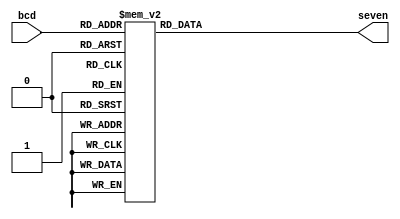
`timescale 1ns / 1ps
//////////////////////////////////////////////////////////////////////////////////
// Company: 
// Engineer: 
// 
// Design Name: 
// Module Name: bcd_seven
// Project Name: 
// Target Devices: 
// Tool Versions: 
// Description: 
// 
// Dependencies: 
// 
// Revision:
// Revision 0.01 - File Created
// Additional Comments:
// 
//////////////////////////////////////////////////////////////////////////////////


module bcd_seven(input [3:0]bcd, output reg [6:0]seven);

always@(*)
case(bcd)
//                      0123456
    4'b0000: seven = 7'b0000001;
    4'b0001: seven = 7'b1001111;
    4'b0010: seven = 7'b0010010;
    4'b0011: seven = 7'b0000110;
    4'b0100: seven = 7'b1001100;
    4'b0101: seven = 7'b0100100;
    4'b0110: seven = 7'b0100000;
    4'b0111: seven = 7'b0001111;
    4'b1000: seven = 7'b0000000;
    4'b1001: seven = 7'b0000100;
    default: seven = 7'b1111111;
endcase

endmodule